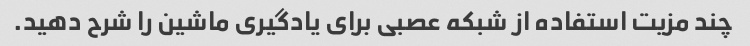
چند مزیت استفاده از شبکه عصبی برای یادگیری ماشین را شرح دهید.